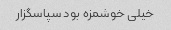
خیلی خوشمزه بود سپاسگزار